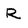
Character: R